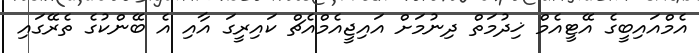
އެމްއައިބީގެ އޭޓީއެމް ޚިދުމަތް ދިނުމަށް އައިޖީއެމްއެޗް ކައިރީގަ އާއި އެ ބޭންކުގެ ތެރޭގައި